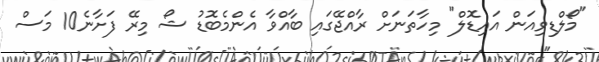
"މޯލްޑިވިއަން އައިޑޮލް" މިހާތަނަށް ރާއްޖޭގައި ބާއްވާ އެންމެބޮޑު ޝޯ މިރޭ ފަށާނެ10 މަސް